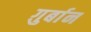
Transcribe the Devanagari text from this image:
ग़ुर्बान